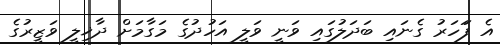
އެ ފަަހަރު ގެނައި ބަދަލުގައި ވަނީ ވަލީ އަހުދުގެ މަގާމަށް ދާޚިލީ ވަޒީރުގެ